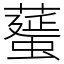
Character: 𦿸